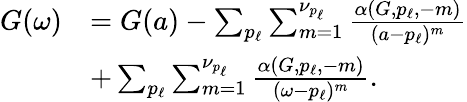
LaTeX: \begin{array}{r}{\begin{array}{rl}{G(\omega)}&{=G(a)-\sum_{p_{\ell}}\sum_{m=1}^{\nu_{p_{\ell}}}\frac{\alpha(G,p_{\ell},-m)}{(a-p_{\ell})^{m}}}\\ &{+\sum_{p_{\ell}}\sum_{m=1}^{\nu_{p_{\ell}}}\frac{\alpha(G,p_{\ell},-m)}{(\omega-p_{\ell})^{m}}.}\end{array}}\end{array}